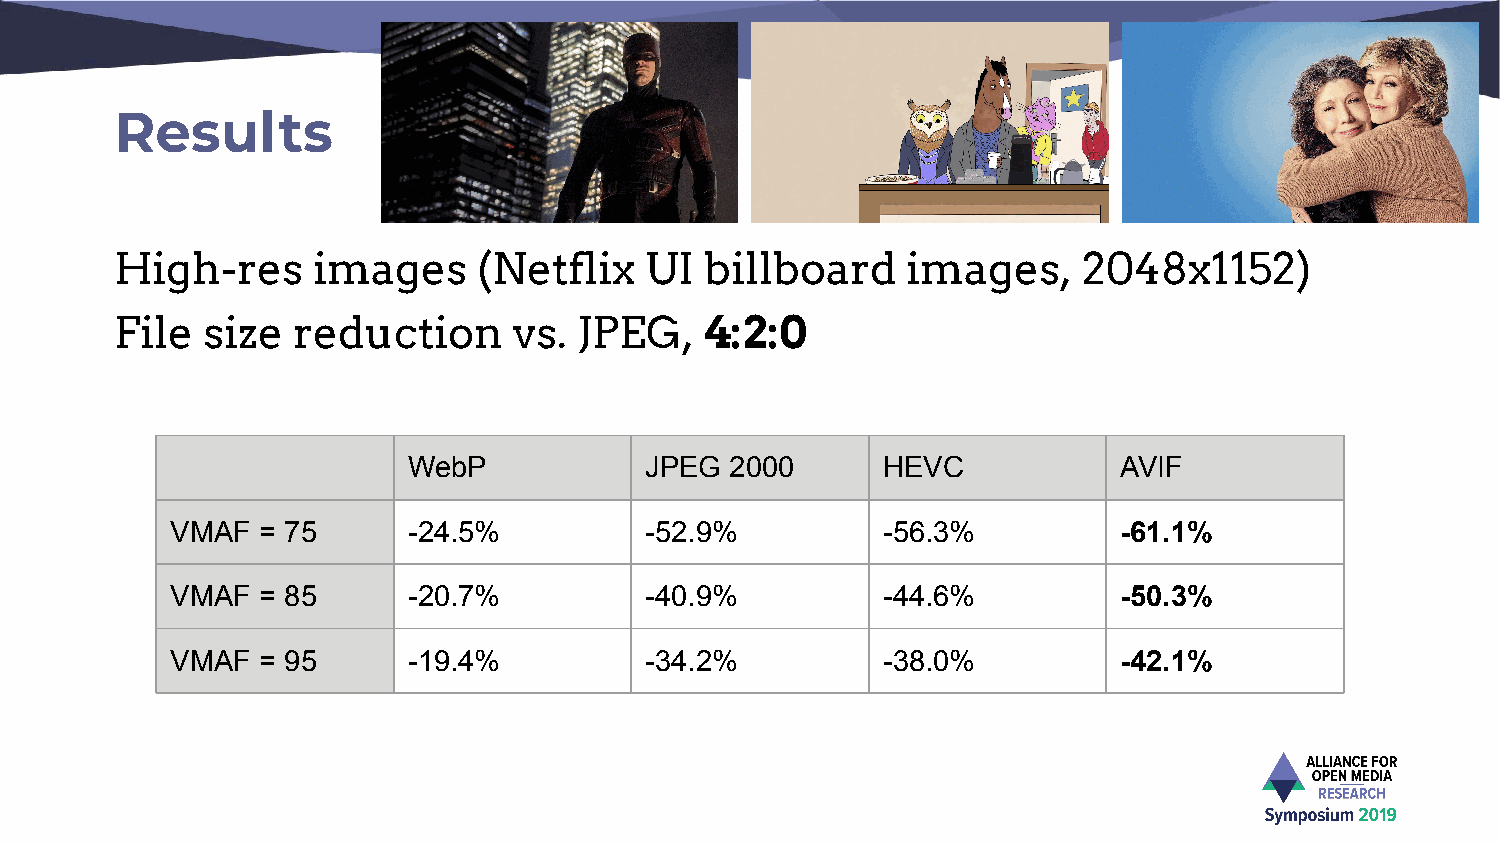
Results
 High-res     images     (Netflix   UI  billboard    images,     2048x1152)
 File size  reduction      vs. JPEG,    4:2:0
 WebP            JPEG 2000      HEVC            AVIF
 VMAF  = 75      -24.5%          -52.9%         -56.3%          -61.1%
 VMAF  = 85      -20.7%          -40.9%         -44.6%          -50.3%
 VMAF  = 95      -19.4%          -34.2%         -38.0%          -42.1%